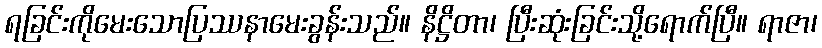
ရခြင်းကိုမေးသောပြဿနာမေးခွန်းသည်။ နိဋ္ဌိတာ၊ ပြီးဆုံးခြင်းသို့ရောက်ပြီ။ ရာဇာ၊